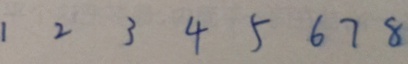
1 2 3 4 5 6 7 8